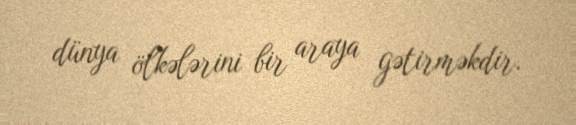
dünya ölkələrini bir araya gətirməkdir.